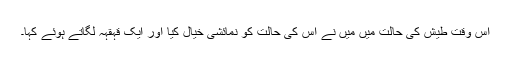
اس وقت طیش کی حالت میں میں نے اس کی حالت کو نمائشی خیال کیا اور ایک قہقہہ لگاتے ہوئے کہا۔